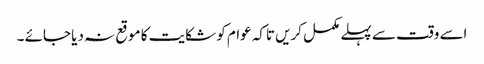
اسے وقت سے پہلے مکمل کریں تاکہ عوام کو شکایت کا موقع نہ دیا جائے ۔